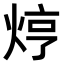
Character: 𤈽